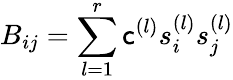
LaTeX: {B_{ij}=\sum_{l=1}^{r}\mathsf{c}^{(l)}s_{i}^{(l)}s_{j}^{(l)}}